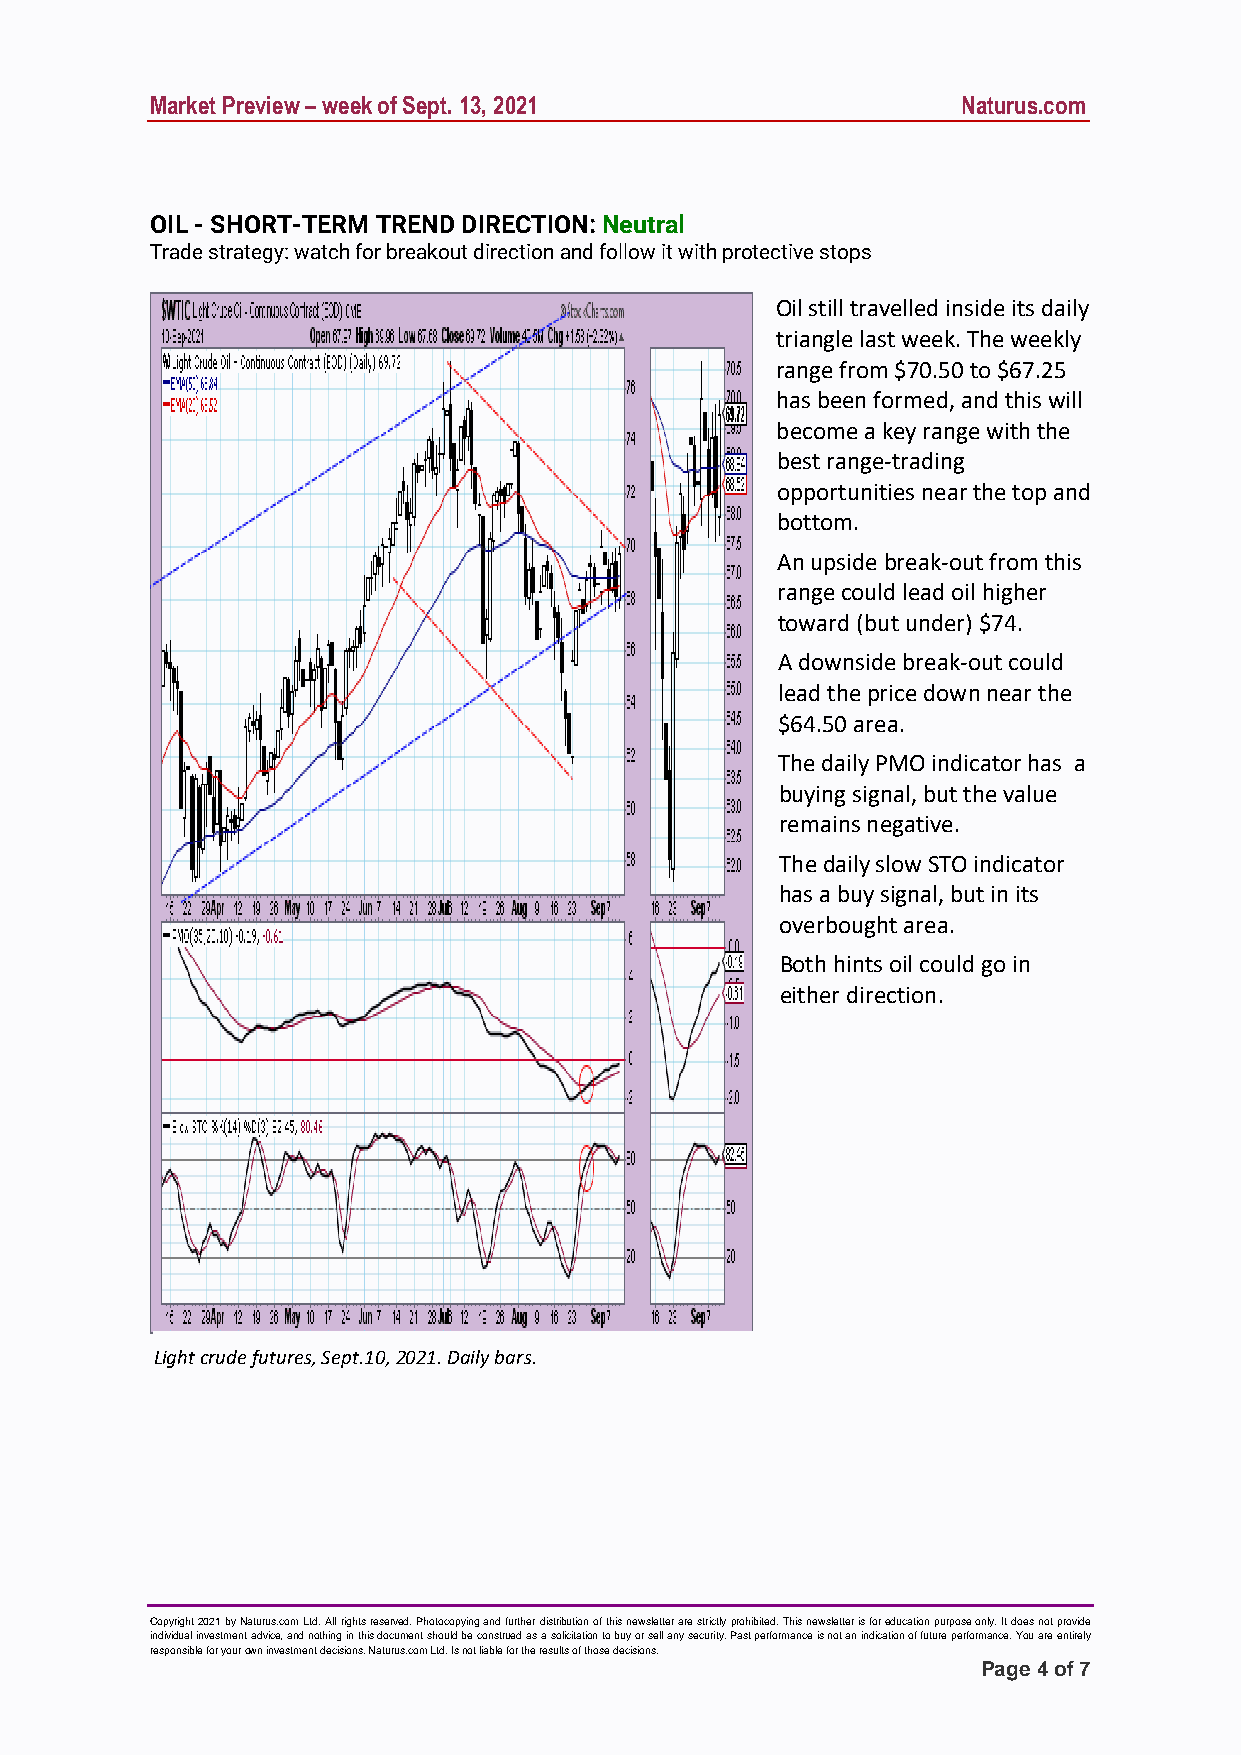
Market Preview – week of Sept. 13, 2021               Naturus.com
 OIL - SHORT-TERM TREND DIRECTION: Neutral
 Trade strategy: watch for breakout direction and follow it with protective stops
 Oil still travelled inside its daily
 triangle last week. The weekly
 range from $70.50 to $67.25
 has been formed, and this will
 become a key range with the
 best range-trading
 opportunities near the top and
 bottom.
 An upside break-out from this
 range could lead oil higher
 toward (but under) $74.
 A downside break-out could
 lead the price down near the
 $64.50 area.
 The daily PMO indicator has a
 buying signal, but the value
 remains negative.
 The daily slow STO indicator
 has a buy signal, but in its
 overbought area.
 Both hints oil could go in
 either direction.
 Light crude futures, Sept.10, 2021. Daily bars.
 Copyright 2021 by Naturus.com Ltd. All rights reserved. Photocopying and further distribution of this newsletter are strictly prohibited. This newsletter is for education purpose only. It does not provide
 individual investment advice, and nothing in this document should be construed as a solicitation to buy or sel l any security. Past performance is not an indication of future performance. You are entirely
 responsible for your own investment decisions. Naturus.com Ltd. Is not liable for the results of those decisions.
 Page 4 of 7